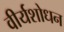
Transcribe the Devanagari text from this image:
वीर्यशोधन